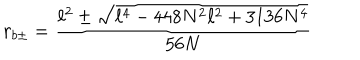
r _ { b \pm } = \frac { \ell ^ { 2 } \pm \sqrt { \ell ^ { 4 } - 4 4 8 N ^ { 2 } \ell ^ { 2 } + 3 1 3 6 N ^ { 4 } } } { 5 6 N }